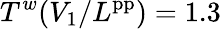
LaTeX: T^{w}(V_{1}/L^{\mathrm{pp}})=1.3